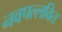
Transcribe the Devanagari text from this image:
नवपल्लवित